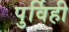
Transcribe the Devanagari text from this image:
पुर्विही